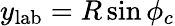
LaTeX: y_{\mathrm{lab}}=R\sin{\phi_{c}}